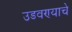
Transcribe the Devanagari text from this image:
उडवण्याचे